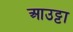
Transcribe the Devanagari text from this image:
आउट्टा